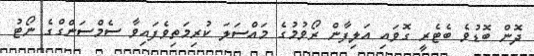
ދޮން ބޮޑުވެ ބެޓެރީ ގޮވައި އަލިފާން ރޯވުމުގެ މައްސަލަ ކުރިމަތިވެފައިވާ ސެމްސަންގްގެ ނޯޓު